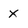
Character: x